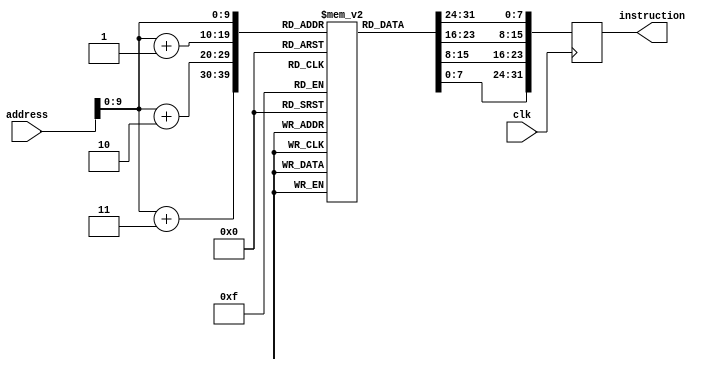
module InstructionMemory(
    input wire clk,           
    input wire [31:0] address,
    output reg [31:0] instruction
);

    reg [7:0] memory [0:1023];
    
    always @(negedge clk) begin
        instruction <= {memory[address], memory[address+1], memory[address+2], memory[address+3]};
    end


    initial begin
        memory[0] = 8'b00000000;
        memory[1] = 8'b00000000;
        memory[2] = 8'b00000000;
        memory[3] = 8'b00000000;     // dummy
        //000000 00000 00000 00000 00000 000000   
        memory[4] = 8'b00100001;
        memory[5] = 8'b00001000;
        memory[6] = 8'b00000000;
        memory[7] = 8'b00001000;     // addi $t0, $t0, 8
        //001000 01000 01000 0000000000001000
        memory[8] = 8'b00100001;
        memory[9] = 8'b00101001;
        memory[10] = 8'b00000000;
        memory[11] = 8'b00001000;     // addi $t1, $t1, 8
        //001000 01001 01001 0000000000001000    
        memory[12] = 8'b00010001;
        memory[13] = 8'b00001001;
        memory[14] = 8'b00000000;
        memory[15] = 8'b01100100;     // beq $t0, $t1, 100
        //000100 01000 01001 0000000001100100
        memory[16] = 8'b00000001;
        memory[17] = 8'b00101000;
        memory[18] = 8'b01011000;
        memory[19] = 8'b00100000;    // add $t3, $t1, $t0
        //000000 01001 01000 01011 00000 100000
        memory[20] = 8'b00000001;
        memory[21] = 8'b00101001;
        memory[22] = 8'b01011000;
        memory[23] = 8'b00100000;    // add $t3, $t1, $t1
        //000000 01001 01001 01011 00000 100000
        memory[416] = 8'b00000001;
        memory[417] = 8'b00101000;
        memory[418] = 8'b01010000;
        memory[419] = 8'b00100000;   // add $t2, $t1, $t0
        //000000 01001 01000 01010 00000 100000
        memory[420] = 8'b00100001;
        memory[421] = 8'b00001000;
        memory[422] = 8'b00000000;
        memory[423] = 8'b00001111;       // addi $t0, $t0, 15
        //001000 01000 01000 0000000000001000
        memory[424] = 8'b00100001;
        memory[425] = 8'b00101001;
        memory[426] = 8'b00000000;
        memory[427] = 8'b00000101;       // addi $t1, $t1, 5
        //001000 01001 01001 0000000000001000  
        memory[428] = 8'b00000001;
        memory[429] = 8'b00101000;
        memory[430] = 8'b01010000;
        memory[431] = 8'b00101010;      // slt $t2, $t1, $t0
        //000000 01001 01000 01010 00000 101010
        
/*
        memory[0] = 8'b00000000;
        memory[1] = 8'b00000000;
        memory[2] = 8'b00000000;
        memory[3] = 8'b00000000;     // dummy
        //000000 00000 00000 00000 00000 000000        
        memory[4] = 8'b00100001;
        memory[5] = 8'b00001000;
        memory[6] = 8'b00000000;
        memory[7] = 8'b00000000;     // addi $t0, $t0, 0
        //001000 01000 01000 0000000000000000
        memory[8] = 8'b00100001;
        memory[9] = 8'b00101001;
        memory[10] = 8'b00000000;
        memory[11] = 8'b00000001;     // addi $t1, $t1, 1
        //001000 01001 01001 0000000000000001        
        memory[12] = 8'b00000001;
        memory[13] = 8'b00001001;
        memory[14] = 8'b01010000;
        memory[15] = 8'b00100100;    // and $t2, $t0, $t1
        //000000 01000 01001 01010 00000 100100
        memory[16] = 8'b00000001;
        memory[17] = 8'b00001001;
        memory[18] = 8'b01011000;
        memory[19] = 8'b00100101;    // or $t3, $t0, $t1
        //000000 01000 01001 01011 00000 100101
        memory[20] = 8'b00000001;
        memory[21] = 8'b00101001;
        memory[22] = 8'b01010000;
        memory[23] = 8'b00100100;    // and $t2, $t1, $t1
        //000000 01001 01001 01010 00000 100100
        memory[24] = 8'b00000001;
        memory[25] = 8'b00001000;
        memory[26] = 8'b01011000;
        memory[27] = 8'b00100101;    // or $t3, $t0, $t0
        //000000 01000 01000 01011 00000 100101
        memory[28] = 8'b00000001;
        memory[29] = 8'b00001001;
        memory[30] = 8'b01000000;
        memory[31] = 8'b00101010;    // slt $t0, $t0, $t1
        //000000 01000 01001 01000 00000 101010
        memory[32] = 8'b00000001;
        memory[33] = 8'b00001001;
        memory[34] = 8'b01011000;
        memory[35] = 8'b00100100;    // and $t3, $t0, $t1
        //000000 01000 01001 01011 00000 100100
        memory[36] = 8'b00000001;
        memory[37] = 8'b00101000;
        memory[38] = 8'b01010000;
        memory[39] = 8'b00100000;    // add $t2, $t1, $t0
        //000000 01001 01000 01010 00000 100000
        memory[40] = 8'b00000001;
        memory[41] = 8'b01001001;
        memory[42] = 8'b01011000;
        memory[43] = 8'b00100000;    // add $t3, $t2, $t1
        //000000 01010 01001 01011 00000 100000
        memory[44] = 8'b00000001;
        memory[45] = 8'b01101001;
        memory[46] = 8'b01011000;
        memory[47] = 8'b00100010;    // sub $t3, $t3, $t1
        //000000 01011 01001 01011 00000 100010
        memory[48] = 8'b10001101;
        memory[49] = 8'b00001001;
        memory[50] = 8'b00000000;
        memory[51] = 8'b00000111;    // lw $t1, 7($t0)
        //100011 01000 01001 00000000000111
        memory[52] = 8'b00000001;
        memory[53] = 8'b00101010;
        memory[54] = 8'b01000000;
        memory[55] = 8'b00100010;    // sub $t0, $t1, $t2
        //000000 01001 01010 01000 00000 100010
        memory[56] = 8'b10101101;
        memory[57] = 8'b00001000;
        memory[58] = 8'b00000000;
        memory[59] = 8'b00000110;    // sw $t0, 6($t0)
        //101011 01000 01000 0000000000000101 
*/
    end

endmodule